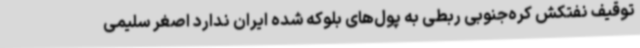
توقیف نفتکش کره‌جنوبی ربطی به پول‌های بلوکه شده ایران ندارد اصغر سلیمی